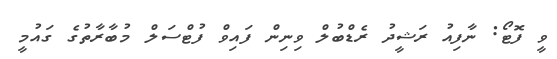
ވީ ފޮޓޯ: ނާފިއު ރަޝީދު ރެޑްބުލް ވިނިން ފައިވް ފުޓްސަލް މުބާރާތުގެ ގައުމީ